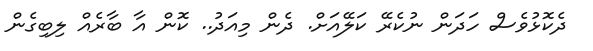
ދެކޮޅުވެސް ހަދަން ނުކެރޭ ކަލޭއަށް. ދެން މިއަދު.. ކޮން އާ ބާރެއް ލިބިގެން